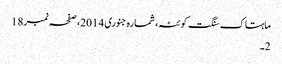
ماہتاک سنگت کوئٹہ، شمارہ جنوری 2014، صفحہ نمبر18
2۔